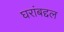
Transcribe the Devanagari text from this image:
घरांबद्दल